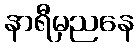
နာရီမှညနေ